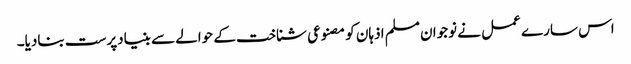
اس سارے عمل نے نوجوان مسلم اذہان کو مصنوعی شناخت کے حوالے سے بنیادپرست بنادیا۔